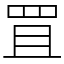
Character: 罝